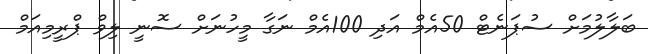
ބަލާލުމަށް ސުޕަނެޓް 50އެމް އަދި 100އެމް ނަގާ މީހުނަށް ސޮނީ ލިވް ޕްރީމިއަމް